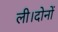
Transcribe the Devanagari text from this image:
ली।दोनों